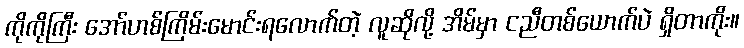
ကိုကိုကြီး အော်ဟစ်ကြိမ်းမောင်းရလောက်တဲ့ လူဆိုလို့ အိမ်မှာ ငညီတစ်ယောက်ပဲ ရှိတာကိုး။